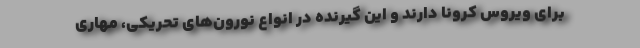
برای ویروس کرونا دارند و این گیرنده در انواع نورون‌های تحریکی، مهاری